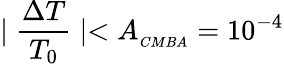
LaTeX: \mid\frac{\Delta T}{T_{0}}\mid<A_{{}_{CMBA}}=10^{-4}